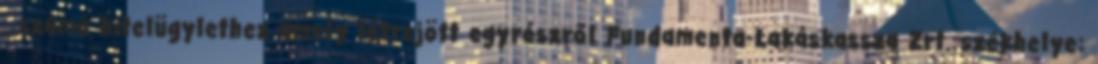
. számú hitelügylethez amely létrejött egyrészről Fundamenta-Lakáskassza Zrt. székhelye: